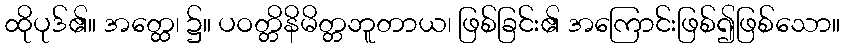
ထိုပုဒ်၏။ အတ္ထေ၊ ၌။ ပဝတ္တိနိမိတ္တဘူတာယ၊ ဖြစ်ခြင်း၏ အကြောင်းဖြစ်၍ဖြစ်သော။